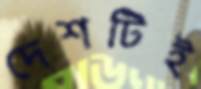
দেশটিই